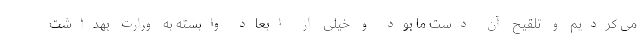
می کردیم و تلقیح آن دست ما بود و خیلی از ابعاد وابسته به وزارت بهداشت